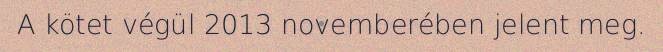
A kötet végül 2013 novemberében jelent meg.